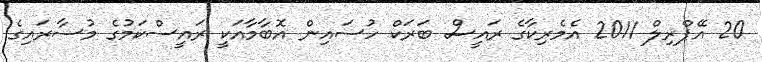
20 އޭޕްރިލް 2011 އެމެރިކާގެ ރައީސް ބަރަކް ހުސައިން އޮބާމާއަކީ ރައީސްކަމުގެ މުސާރައިގެ